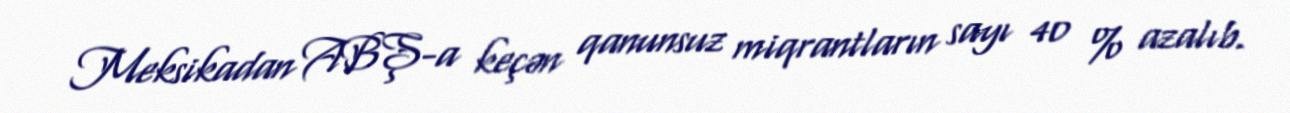
Meksikadan ABŞ-a keçən qanunsuz miqrantların sayı 40 % azalıb.